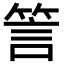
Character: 䇾